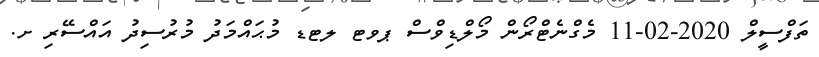
ތަފްސީލް 2020-02-11 މެގްނެޓްރޯން މޯލްޑިވްސް ޕވޓ ލޓޑ މުޙައްމަދު މުރުސިދު އައްސޭރި ށ.